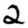
Digit: 2